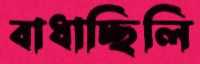
বাধাচ্ছিলি